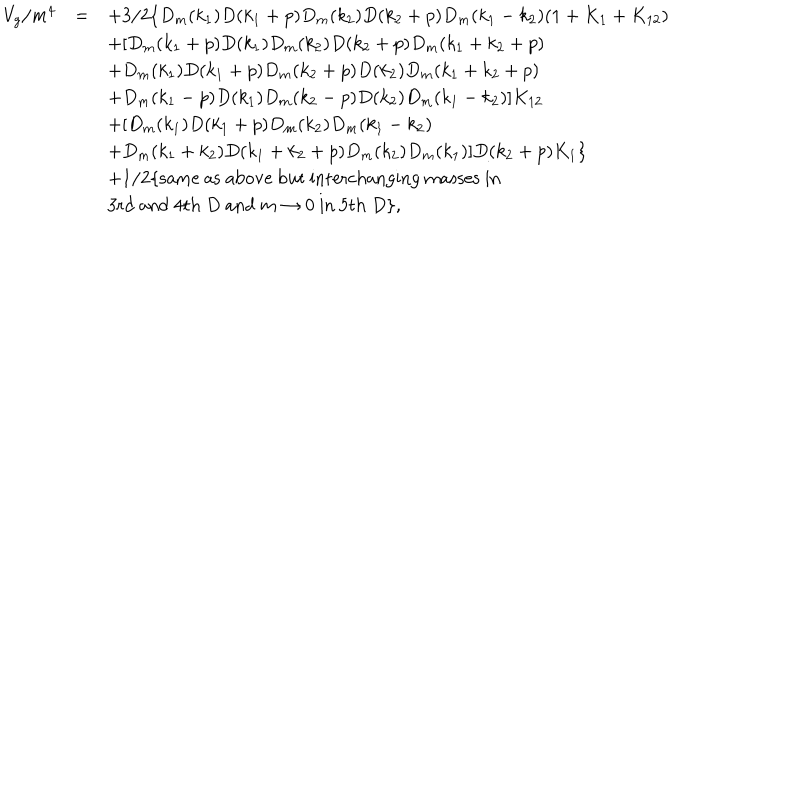
\begin{array} { r c l } { { V _ { g } / m ^ { 4 } } } & { { = } } & { { \displaystyle + 3 / 2 \{ D _ { m } ( k _ { 1 } ) D ( k _ { 1 } + p ) D _ { m } ( k _ { 2 } ) D ( k _ { 2 } + p ) D _ { m } ( k _ { 1 } - k _ { 2 } ) ( 1 + K _ { 1 } + K _ { 1 2 } ) } } \\ { { } } & { { } } & { { \displaystyle + [ D _ { m } ( k _ { 1 } + p ) D ( k _ { 1 } ) D _ { m } ( k _ { 2 } ) D ( k _ { 2 } + p ) D _ { m } ( k _ { 1 } + k _ { 2 } + p ) } } \\ { { } } & { { } } & { { \displaystyle + D _ { m } ( k _ { 1 } ) D ( k _ { 1 } + p ) D _ { m } ( k _ { 2 } + p ) D ( k _ { 2 } ) D _ { m } ( k _ { 1 } + k _ { 2 } + p ) } } \\ { { } } & { { } } & { { \displaystyle + D _ { m } ( k _ { 1 } - p ) D ( k _ { 1 } ) D _ { m } ( k _ { 2 } - p ) D ( k _ { 2 } ) D _ { m } ( k _ { 1 } - k _ { 2 } ) ] K _ { 1 2 } } } \\ { { } } & { { } } & { { \displaystyle + [ D _ { m } ( k _ { 1 } ) D ( k _ { 1 } + p ) D _ { m } ( k _ { 2 } ) D _ { m } ( k _ { 1 } - k _ { 2 } ) } } \\ { { } } & { { } } & { { \displaystyle + D _ { m } ( k _ { 1 } + k _ { 2 } ) D ( k _ { 1 } + k _ { 2 } + p ) D _ { m } ( k _ { 2 } ) D _ { m } ( k _ { 1 } ) ] D ( k _ { 2 } + p ) K _ { 1 } \} } } \\ { { } } & { { } } & { { \displaystyle + 1 / 2 \{ \mathrm { s a m e ~ a s ~ a b o v e ~ b u t ~ i n t e r c h a n g i n g ~ m a s s e s ~ i n ~ } } } \\ { { } } & { { } } & { { \displaystyle \mathrm { 3 r d ~ a n d ~ 4 t h ~ } D \mathrm { ~ a n d ~ } m \to 0 \mathrm { ~ i n ~ 5 t h ~ } D \} , } } \\ \end{array}